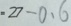
= 2 7 - 0 . 6